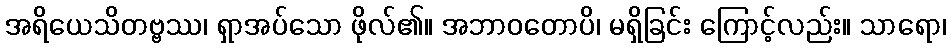
အရိယေသိတဗ္ဗဿ၊ ရှာအပ်သော ဖိုလ်၏။ အဘာဝတောပိ၊ မရှိခြင်း ကြောင့်လည်း။ သာရော၊